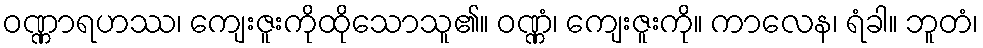
ဝဏ္ဏာရဟဿ၊ ကျေးဇူးကိုထိုသောသူ၏။ ဝဏ္ဏံ၊ ကျေးဇူးကို။ ကာလေန၊ ရံခါ။ ဘူတံ၊